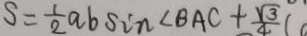
S = \frac { 1 } { 2 } a b \sin \angle B A C + \frac { \sqrt { 3 } } { 4 } (